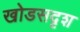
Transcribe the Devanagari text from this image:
खोडसदृश